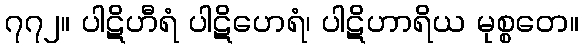
၇၇၂။ ပါဋိဟီရံ ပါဋိဟေရံ၊ ပါဋိဟာရိယ မုစ္စတေ။